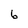
Character: 6